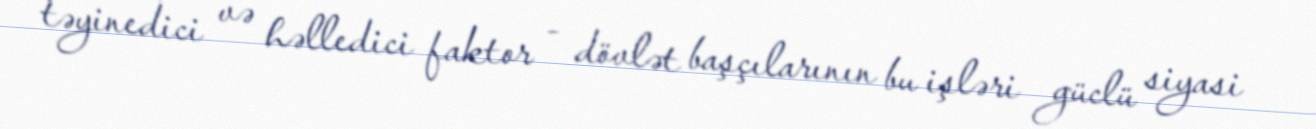
təyinedici və həlledici faktor - dövlət başçılarının bu işləri güclü siyasi